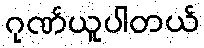
ဂုဏ်ယူပါတယ်